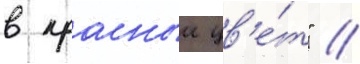
в красныи цв'е́т" //